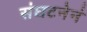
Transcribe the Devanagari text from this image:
संघटनेनं